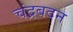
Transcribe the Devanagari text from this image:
चंद्रबदन